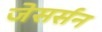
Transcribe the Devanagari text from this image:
जेसर्सन